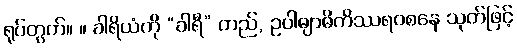
ရုပ်တွက်။ ။ ခါရိယံကို “ခါရီ” တည်, ဥပါဓျာဓိကိဿရဝစနေ သုတ်ဖြင့်